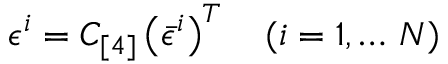
\epsilon ^ { i } = C _ { [ 4 ] } \left( { \bar { \epsilon } } ^ { i } \right) ^ { T } \quad ( i = 1 , \dots \, { \cal N } )